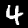
Digit: 4